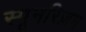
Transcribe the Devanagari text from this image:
स्पूनरिज़म